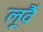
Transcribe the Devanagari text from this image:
लूवैं